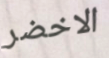
الاخضر